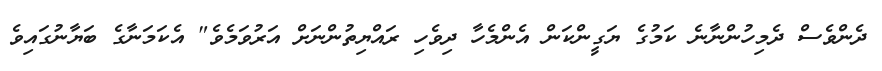
ދެންވެސް ދެމިހުންނާނެ ކަމުގެ ޔަގީންކަން އެންމެހާ ދިވެހި ރައްޔިތުންނަށް އަރުވަމެވެ" އެކަމަނާގެ ބަޔާނުގައިވެ